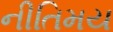
નીતિમય